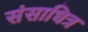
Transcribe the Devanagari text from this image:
संसाधित्र